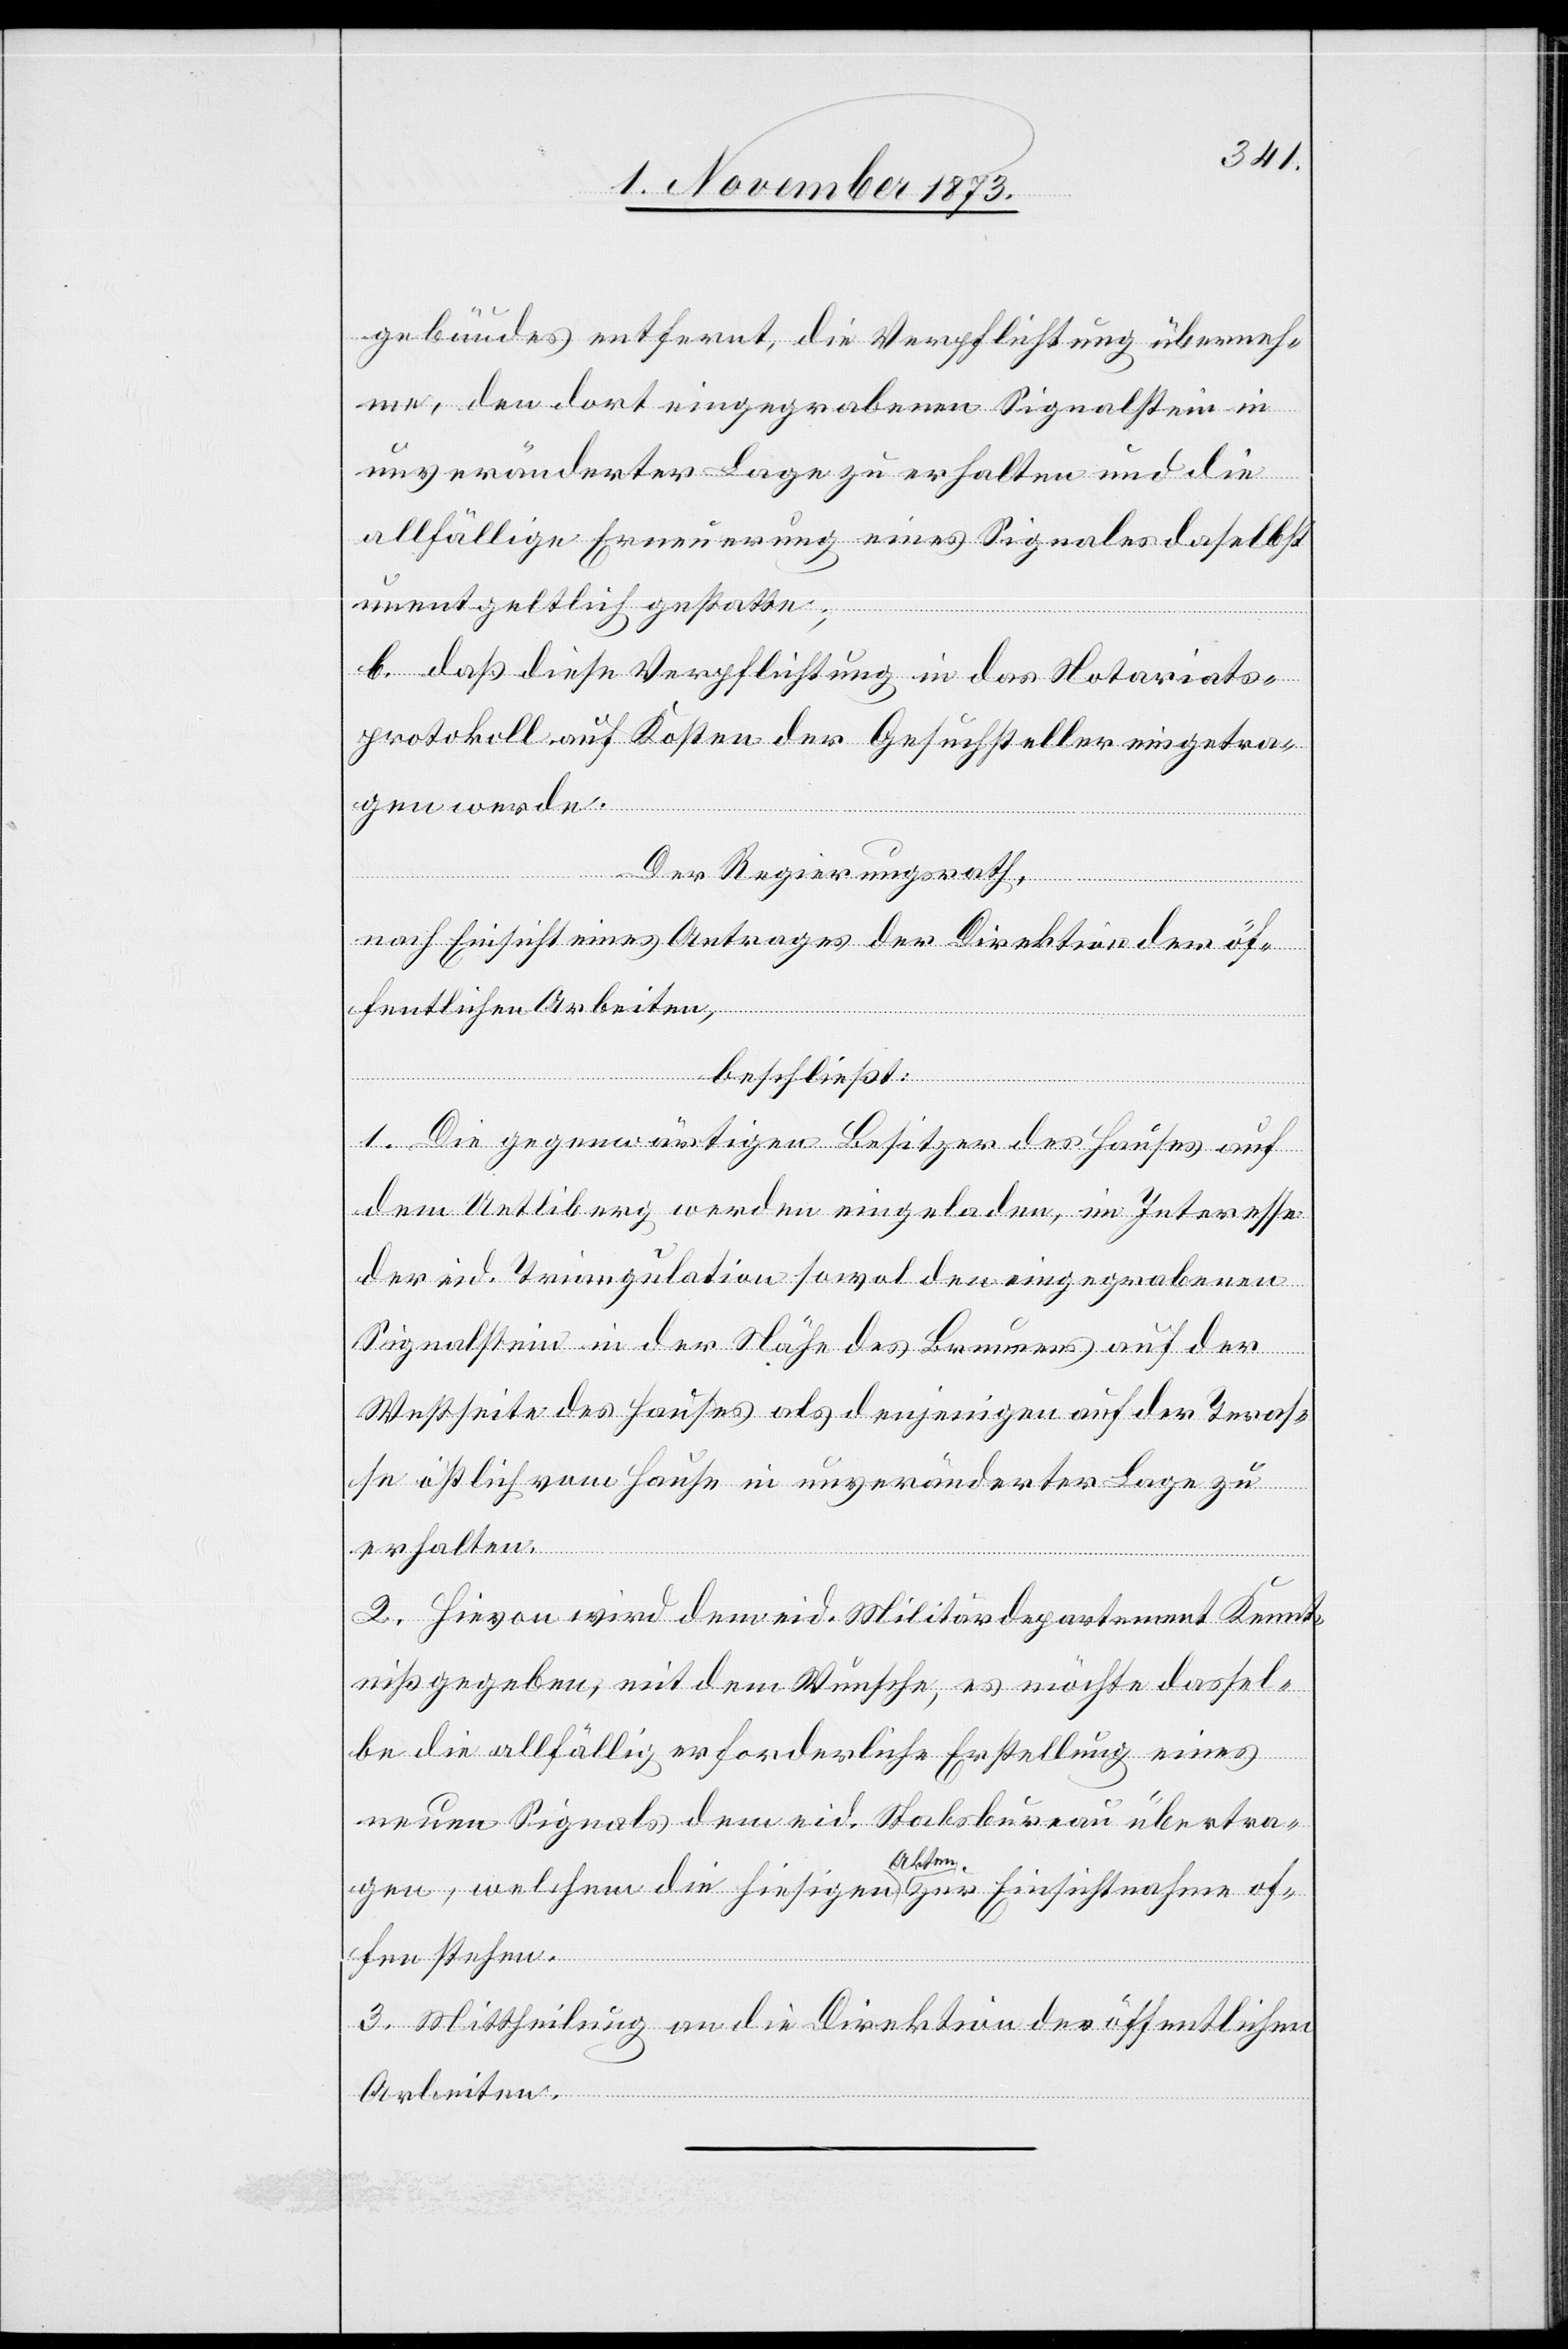
gebäudes entfernt, die Verpflichtung überneh¬
me, den dort eingegrabenen Signalstein in
unveränderter Lage zu erhalten und die
allfällige Erneuerung eines Signales daselbst
unentgeltlich gestatte;
b. daß diese Verpflichtung in das Notariats¬
protokoll auf Kosten der Gesuchsteller eingetra¬
gen werde.
Der Regierungsrath,
nach Einsicht eines Antrages der Direktion der öf¬
fentlichen Arbeiten,
beschließt:
1. Die gegenwärtigen Besitzer des Hauses auf
dem Uetliberg werden eingeladen, im Interesse
der eid. Triangulation sowol den eingegrabenen
Signalstein in der Nähe des Brunnens auf der
Westseite des Hauses als denjenigen auf der Teras¬
se östlich vom Hause in unveränderter Lage zu
erhalten.
2. Hievon wird dem eid. Militärdepartement Kennt¬
niß gegeben, mit dem Wunsche, es möchte dassel¬
be die allfällig erforderliche Erstellung eines
neuen Signals dem eid. Stabsbureau übertra¬
gen, welchem die hiesigen Akten zur Einsichtnahme of¬
fen stehen.
3. Mittheilung an die Direktion der öffentlichen
Arbeiten.